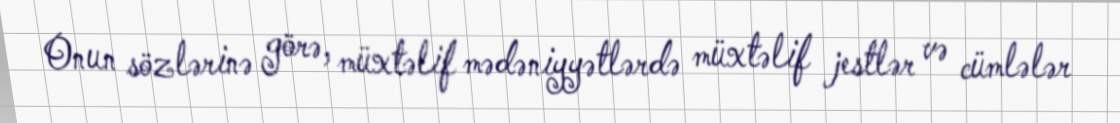
Onun sözlərinə görə, müxtəlif mədəniyyətlərdə müxtəlif jestlər və cümlələr